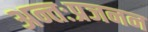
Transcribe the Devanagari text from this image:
अन्तःप्रजनन